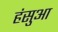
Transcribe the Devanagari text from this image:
हंसुआ